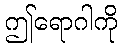
ဤရောဂါကို